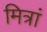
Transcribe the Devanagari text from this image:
मित्रां